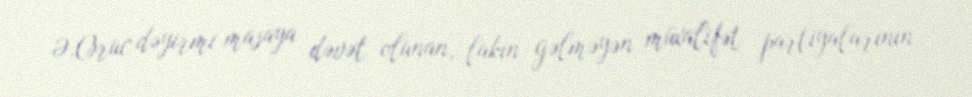
Ə.Oruc dəyirmi masaya dəvət olunan, lakin gəlməyən müxalifət partiyalarının